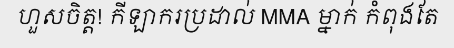
ហួសចិត្ត! កីឡាករប្រដាល់ MMA ម្នាក់ កំពុងតែ